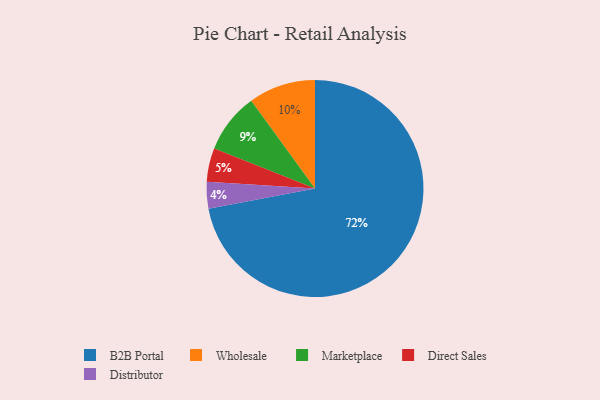
{"axis": {"x": "Category", "y": "Percentage"}, "legend": ["B2B Portal", "Direct Sales", "Distributor", "Marketplace", "Wholesale"], "data": [{"x": "Direct Sales", "y": 5, "type": "Direct Sales"}, {"x": "Wholesale", "y": 10, "type": "Wholesale"}, {"x": "Distributor", "y": 4, "type": "Distributor"}, {"x": "B2B Portal", "y": 72, "type": "B2B Portal"}, {"x": "Marketplace", "y": 9, "type": "Marketplace"}]}